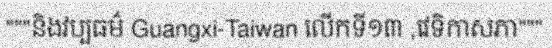
"""និងវប្បធម៌ Guangxi-Taiwan លើកទី១៣ ,វេទិកាសភា"""